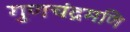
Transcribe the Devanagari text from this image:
गुणचंद्रमणि